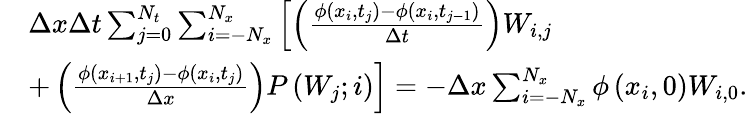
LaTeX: \begin{array}{r}{\begin{array}{rl}&{\Delta x\Delta t\sum_{j=0}^{N_{t}}\sum_{i=-N_{x}}^{N_{x}}\left[\left(\frac{\phi\left(x_{i},t_{j}\right)-\phi\left(x_{i},t_{j-1}\right)}{\Delta t}\right)W_{i,j}\right.}\\ &{\left.+\left(\frac{\phi\left(x_{i+1},t_{j}\right)-\phi\left(x_{i},t_{j}\right)}{\Delta x}\right)P\left(W_{j};i\right)\right]=-\Delta x\sum_{i=-N_{x}}^{N_{x}}\phi\left(x_{i},0\right)W_{i,0}.}\end{array}}\end{array}